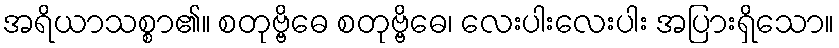
အရိယာသစ္စာ၏။ စတုဗ္ဗိဓေ စတုဗ္ဗိဓေ၊ လေးပါးလေးပါး အပြားရှိသော။